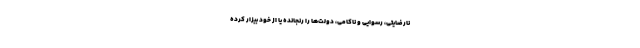
نارضایتی، رسوایی‌ و ناکامی‌، دولت‌ها را رنجانده یا از خود بیزار کرده